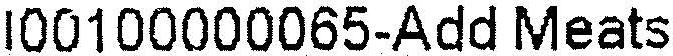
I00100000065-ADD MEATS